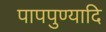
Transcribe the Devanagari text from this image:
पापपुण्यादि